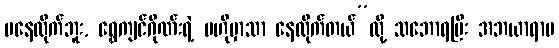
မနေထိုက်ဘူး, ရွှေကျင်ဂိုဏ်းရဲ့ ဗဟိုမှာသာ နေထိုက်တယ်”လို့ သဘောရပြီး အဘယာရာမ